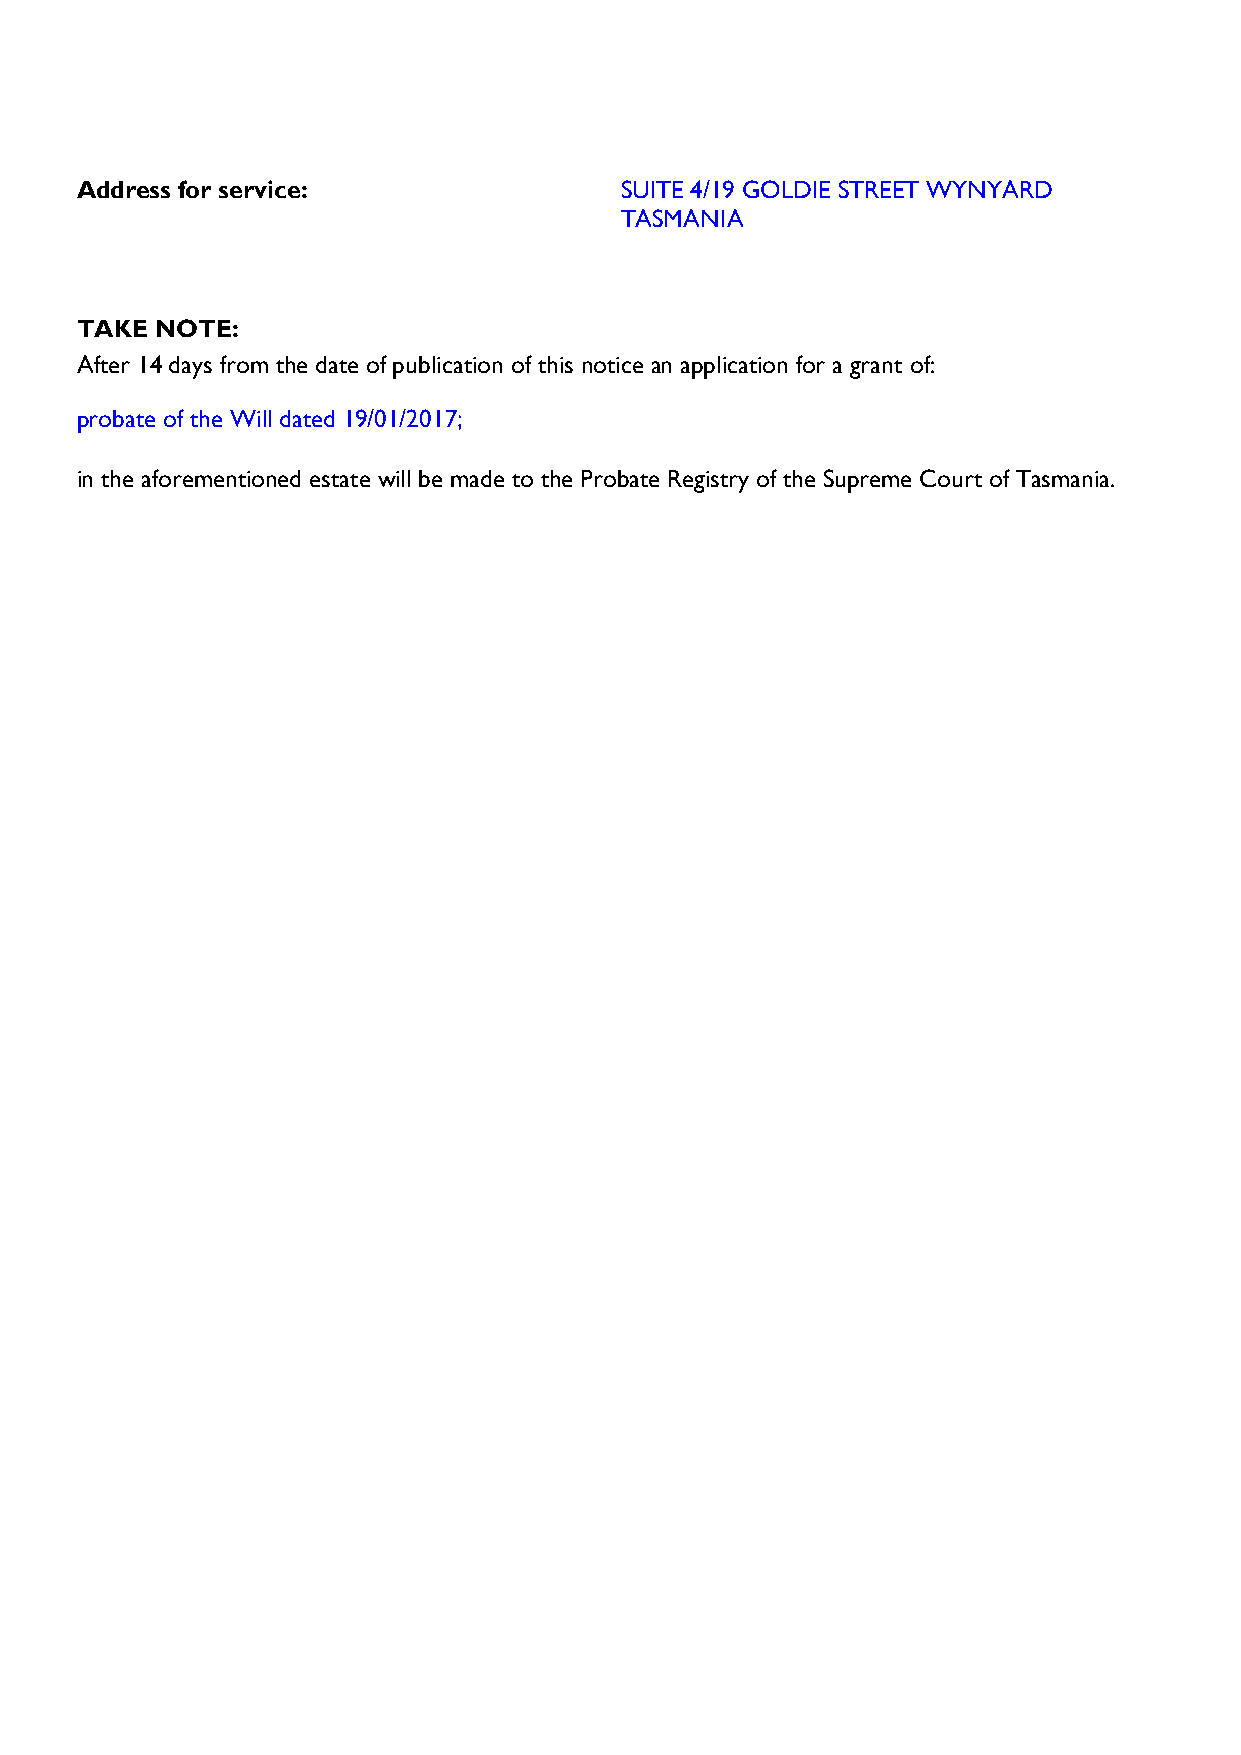
Address for service:                SUITE 4/19 GOLDIE STREET WYNYARD
 TASMANIA
 TAKE NOTE:
 After 14 days from the date of publication of this notice an application for a grant of:
 probate of the Will dated 19/01/2017;
 in the aforementioned estate will be made to the Probate Registry of the Supreme Court of Tasmania.